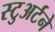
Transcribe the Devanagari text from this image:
स्टुअर्टने